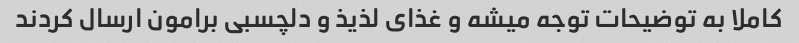
کاملا به توضیحات توجه میشه و غذای لذیذ و دلچسبی برامون ارسال کردند